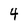
Character: 4